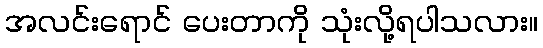
အလင်းရောင် ပေးတာကို သုံးလို့ရပါသလား။